Veterinary regulations India, 1939 -
Year: 1939
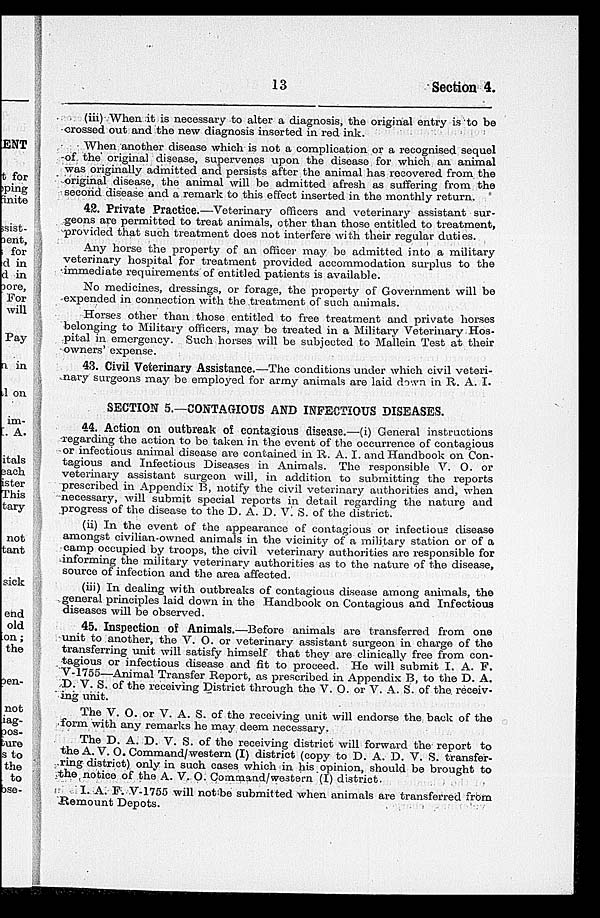
13
Section 4.
(iii) When it is necessary to alter a diagnosis, the original entry is to be
crossed out and the new diagnosis inserted in red ink.
When another disease which is not a complication or a recognised sequel
of the original disease, supervenes upon the disease for which an animal
was originally admitted and persists after the animal has recovered from the
original disease, the animal will be admitted afresh as suffering from the
second disease and a remark to this effect inserted in the monthly return.
42. Private Practice.—Veterinary officers and veterinary assistant sur-
geons are permitted to treat animals, other than those entitled to treatment,
provided that such treatment does not interfere with their regular duties.
Any horse the property of an officer may be admitted into a military
veterinary hospital for treatment provided accommodation surplus to the
immediate requirements of entitled patients is available.
No medicines, dressings, or forage, the property of Government will be
expended in connection with the treatment of such animals.
Horses other than those entitled to free treatment and private horses
belonging to Military officers, may be treated in a Military Veterinary Hos-
pital in emergency. Such horses will be subjected to Mallein Test at their
owners' expense.
43. Civil Veterinary Assistance.—The conditions under which civil veteri-
nary surgeons may be employed for army animals are laid down in R. A. I.
SECTION 5.—CONTAGIOUS AND INFECTIOUS DISEASES.
44. Action on outbreak of contagious disease.—(i) General instructions
regarding the action to be taken in the event of the occurrence of contagious
or infectious animal disease are contained in R. A. I. and Handbook on Con-
tagious and Infectious Diseases in Animals. The responsible V. O. or
veterinary assistant surgeon will, in addition to submitting the reports
prescribed in Appendix B, notify the civil veterinary authorities and, when
necessary, will submit special reports in detail regarding the nature and
progress of the disease to the D. A. D. V. S. of the district.
(ii) In the event of the appearance of contagious or infectious disease
amongst civilian-owned animals in the vicinity of a military station or of a
camp occupied by troops, the civil veterinary authorities are responsible for
informing the military veterinary authorities as to the nature of the disease,
source of infection and the area affected.
(iii) In dealing with outbreaks of contagious disease among animals, the
general principles laid down in the Handbook on Contagious and Infectious
diseases will be observed.
45. Inspection of Animals.—Before animals are transferred from one
unit to another, the V. O. or veterinary assistant surgeon in charge of the
transferring unit will satisfy himself that they are clinically free from con-
tagious or infectious disease and fit to proceed. He will submit I. A. F.
V-1755—Animal Transfer Report, as prescribed in Appendix B, to the D. A.
D. V. S. of the receiving District through the V. O. or V. A. S. of the receiv-
ing unit.
The V. O. or V. A. S. of the receiving unit will endorse the back of the
form with any remarks he may deem necessary.
The D. A. D. V. S. of the receiving district will forward the report to
the A. V. O. Command/western (I) district (copy to D. A. D. V. S. transfer-
ring district) only in such cases which in his opinion, should be brought to
the notice of the A. V. O. Command/western (I) district.
I. A. F. V-1755 will not be submitted when animals are transferred from
Remount Depots.